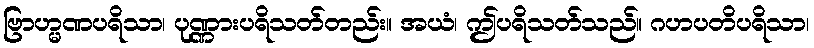
ဗြာဟ္မဏပရိသာ၊ ပုဏ္ဏားပရိသတ်တည်း။ အယံ၊ ဤပရိသတ်သည်။ ဂဟပတိပရိသာ၊